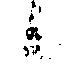
候